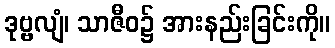
ဒုဗ္ဗလျံ၊ သာဇီဝ၌ အားနည်းခြင်းကို။